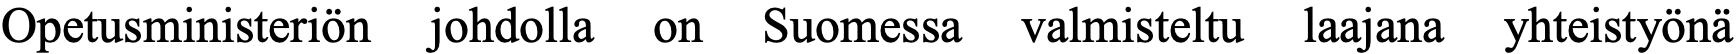
Opetusministeriön johdolla on Suomessa valmisteltu laajana yhteistyönä